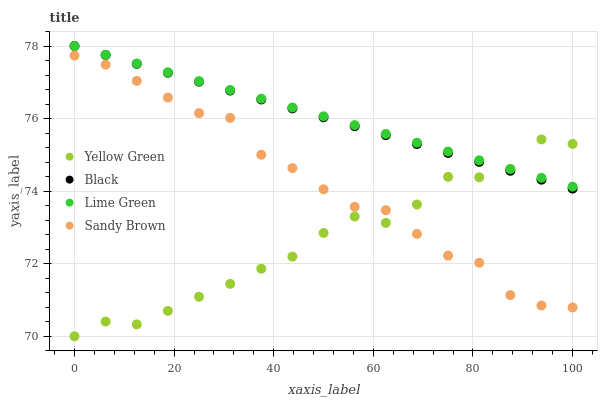
| xaxis_label | Yellow Green | Black | Lime Green | Sandy Brown |
 | --- | --- | --- | --- | --- |
 | 0 | 70 | 78 | 78 | 77.7 |
 | 6.25 | 70.4 | 77.8 | 77.8 | 77.5 |
 | 12.5 | 70.3 | 77.5 | 77.5 | 77 |
 | 18.8 | 70.7 | 77.3 | 77.3 | 76.6 |
 | 25 | 71.1 | 77 | 77 | 76.2 |
 | 31.2 | 71.4 | 76.8 | 76.8 | 76 |
 | 37.5 | 71.9 | 76.5 | 76.5 | 75 |
 | 43.8 | 72.2 | 76.3 | 76.3 | 74.6 |
 | 50 | 72.8 | 76 | 76.1 | 74.1 |
 | 56.2 | 73.3 | 75.8 | 75.8 | 73.6 |
 | 62.5 | 73.1 | 75.5 | 75.6 | 73.5 |
 | 68.8 | 73.6 | 75.3 | 75.3 | 72.8 |
 | 75 | 74.4 | 75.1 | 75.1 | 72.2 |
 | 81.2 | 74.4 | 74.8 | 74.9 | 72 |
 | 87.5 | 74.6 | 74.6 | 74.6 | 71.1 |
 | 93.8 | 75.4 | 74.3 | 74.4 | 70.8 |
 | 100 | 75.3 | 74.1 | 74.1 | 70.8 |